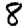
Digit: 8